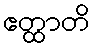
ဧတ္ထာတိ